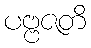
ပဗ္ဗဇတိ